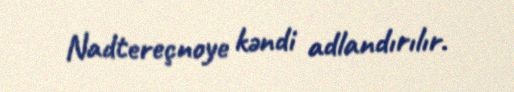
Nadtereçnoye kəndi adlandırılır.